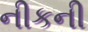
નીકની